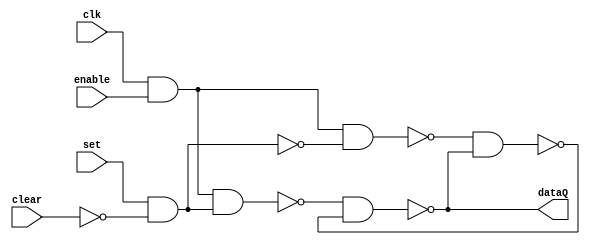
//Universidad Galileo
//Rodrigo Cordero
//Kevin Hernandez
//Terminado

//Semi flip flop tipo RS, modificado y ajustado para este procesador
module flip_flop_RS(clk, enable, set, clear, dataQ);
  input clk, set, clear, enable;
  output dataQ;
  wire aux1, aux2, aux3, aux4, trueSignal, allowWrite, tsn, clearN; //tsn = true signal negado, clearN = clear negado 
  not(tsn, trueSignal);
  not(clearN, clear);
  
  and(allowWrite, clk, enable);
  and(trueSignal, set, clearN);
  nand(aux1, allowWrite, trueSignal);
  nand(aux2, allowWrite, tsn);
  nand(dataQ, aux1, aux4);
  nand(aux4, aux2, dataQ);
endmodule

module registro32_bits(clk, enable, in, clear, out);
  input clk, enable, clear;
  input [31:0] in;
  output [31:0] out;
  
  flip_flop_RS ffrs0(clk, enable, in[0], clear, out[0]);
  flip_flop_RS ffrs1(clk, enable, in[1], clear, out[1]);
  flip_flop_RS ffrs2(clk, enable, in[2], clear, out[2]);
  flip_flop_RS ffrs3(clk, enable, in[3], clear, out[3]);
  flip_flop_RS ffrs4(clk, enable, in[4], clear, out[4]);
  flip_flop_RS ffrs5(clk, enable, in[5], clear, out[5]);
  flip_flop_RS ffrs6(clk, enable, in[6], clear, out[6]);
  flip_flop_RS ffrs7(clk, enable, in[7], clear, out[7]);
  flip_flop_RS ffrs8(clk, enable, in[8], clear, out[8]);
  flip_flop_RS ffrs9(clk, enable, in[9], clear, out[9]);
  flip_flop_RS ffrs10(clk, enable, in[10], clear, out[10]);
  flip_flop_RS ffrs11(clk, enable, in[11], clear, out[11]);
  flip_flop_RS ffrs12(clk, enable, in[12], clear, out[12]);
  flip_flop_RS ffrs13(clk, enable, in[13], clear, out[13]);
  flip_flop_RS ffrs14(clk, enable, in[14], clear, out[14]);
  flip_flop_RS ffrs15(clk, enable, in[15], clear, out[15]);
  flip_flop_RS ffrs16(clk, enable, in[16], clear, out[16]);
  flip_flop_RS ffrs17(clk, enable, in[17], clear, out[17]);
  flip_flop_RS ffrs18(clk, enable, in[18], clear, out[18]);
  flip_flop_RS ffrs19(clk, enable, in[19], clear, out[19]);
  flip_flop_RS ffrs20(clk, enable, in[20], clear, out[20]);
  flip_flop_RS ffrs21(clk, enable, in[21], clear, out[21]);
  flip_flop_RS ffrs22(clk, enable, in[22], clear, out[22]);
  flip_flop_RS ffrs23(clk, enable, in[23], clear, out[23]);
  flip_flop_RS ffrs24(clk, enable, in[24], clear, out[24]);
  flip_flop_RS ffrs25(clk, enable, in[25], clear, out[25]);
  flip_flop_RS ffrs26(clk, enable, in[26], clear, out[26]);
  flip_flop_RS ffrs27(clk, enable, in[27], clear, out[27]);
  flip_flop_RS ffrs28(clk, enable, in[28], clear, out[28]);
  flip_flop_RS ffrs29(clk, enable, in[29], clear, out[29]);
  flip_flop_RS ffrs30(clk, enable, in[30], clear, out[30]);
  flip_flop_RS ffrs31(clk, enable, in[31], clear, out[31]);
endmodule

module registers32(clk, re, in, clear, rx1, rx2, rx3, rx4, rx5, rx6, rx7, rx8, rx9, rx10, rx11, rx12, rx13, rx14, rx15, rx16, rx17, rx18, rx19, rx20, rx21, rx22, rx23, rx24, rx25, rx26, rx27, rx28, rx29, rx30, rx31);
  input clk, clear;
  input [31:0] in, re;
  output [31:0] rx1, rx2, rx3, rx4, rx5, rx6, rx7, rx8, rx9, rx10, rx11, rx12, rx13, rx14, rx15, rx16, rx17, rx18, rx19, rx20, rx21, rx22, rx23, rx24, rx25, rx26, rx27, rx28, rx29, rx30, rx31;
  registro32_bits x1(clk, re[1], in, clear, rx1);
  registro32_bits x2(clk, re[2], in, clear, rx2);
  registro32_bits x3(clk, re[3], in, clear, rx3);
  registro32_bits x4(clk, re[4], in, clear, rx4);
  registro32_bits x5(clk, re[5], in, clear, rx5);
  registro32_bits x6(clk, re[6], in, clear, rx6);
  registro32_bits x7(clk, re[7], in, clear, rx7);
  registro32_bits x8(clk, re[8], in, clear, rx8);
  registro32_bits x9(clk, re[9], in, clear, rx9);
  registro32_bits x10(clk, re[10], in, clear, rx10);
  registro32_bits x11(clk, re[11], in, clear, rx11);
  registro32_bits x12(clk, re[12], in, clear, rx12);
  registro32_bits x13(clk, re[13], in, clear, rx13);
  registro32_bits x14(clk, re[14], in, clear, rx14);
  registro32_bits x15(clk, re[15], in, clear, rx15);
  registro32_bits x16(clk, re[16], in, clear, rx16);
  registro32_bits x17(clk, re[17], in, clear, rx17);
  registro32_bits x18(clk, re[18], in, clear, rx18);
  registro32_bits x19(clk, re[19], in, clear, rx19);
  registro32_bits x20(clk, re[20], in, clear, rx20);
  registro32_bits x21(clk, re[21], in, clear, rx21);
  registro32_bits x22(clk, re[22], in, clear, rx22);
  registro32_bits x23(clk, re[23], in, clear, rx23);
  registro32_bits x24(clk, re[24], in, clear, rx24);
  registro32_bits x25(clk, re[25], in, clear, rx25);
  registro32_bits x26(clk, re[26], in, clear, rx26);
  registro32_bits x27(clk, re[27], in, clear, rx27);
  registro32_bits x28(clk, re[28], in, clear, rx28);
  registro32_bits x29(clk, re[29], in, clear, rx29);
  registro32_bits x30(clk, re[30], in, clear, rx30);
  registro32_bits x31(clk, re[31], in, clear, rx31);
endmodule


module demultiplexor1bit_1_32(in, signal, out);
  input in;
  input [4:0] signal;
  output [31:0] out;
  wire s0, s1, s2, s3, s4; //Seales de signal negadas
  
  not(s0, signal[0]);
  not(s1, signal[1]);
  not(s2, signal[2]);
  not(s3, signal[3]);
  not(s4, signal[4]);
  
  //-----------------------
  
  and(out[0], s4, s3, s2, s1, s0, in);
  and(out[1], s4, s3, s2, s1, signal[0], in);
  and(out[2], s4, s3, s2, signal[1], s0, in);
  and(out[3], s4, s3, s2, signal[1], signal[0], in);
  
  and(out[4], s4, s3, signal[2], s1, s0, in);
  and(out[5], s4, s3, signal[2], s1, signal[0], in);
  and(out[6], s4, s3, signal[2], signal[1], s0, in);
  and(out[7], s4, s3, signal[2], signal[1], signal[0], in);
  
  and(out[8], s4, signal[3], s2, s1, s0, in);
  and(out[9], s4, signal[3], s2, s1, signal[0], in);
  and(out[10], s4, signal[3], s2, signal[1], s0, in);
  and(out[11], s4, signal[3], s2, signal[1], signal[0], in);
  and(out[12], s4, signal[3], signal[2], s1, s0, in);
  and(out[13], s4, signal[3], signal[2], s1, signal[0], in);
  and(out[14], s4, signal[3], signal[2], signal[1], s0, in);
  and(out[15], s4, signal[3], signal[2], signal[1], signal[0], in);
  
  and(out[16], signal[4], s3, s2, s1, s0, in);
  and(out[17], signal[4], s3, s2, s1, signal[0], in);
  and(out[18], signal[4], s3, s2, signal[1], s0, in);
  and(out[19], signal[4], s3, s2, signal[1], signal[0], in);
  and(out[20], signal[4], s3, signal[2], s1, s0, in);
  and(out[21], signal[4], s3, signal[2], s1, signal[0], in);
  and(out[22], signal[4], s3, signal[2], signal[1], s0, in);
  and(out[23], signal[4], s3, signal[2], signal[1], signal[0], in);
  and(out[24], signal[4], signal[3], s2, s1, s0, in);
  and(out[25], signal[4], signal[3], s2, s1, signal[0], in);
  and(out[26], signal[4], signal[3], s2, signal[1], s0, in);
  and(out[27], signal[4], signal[3], s2, signal[1], signal[0], in);
  and(out[28], signal[4], signal[3], signal[2], s1, s0, in);
  and(out[29], signal[4], signal[3], signal[2], s1, signal[0], in);
  and(out[30], signal[4], signal[3], signal[2], signal[1], s0, in);
  and(out[31], signal[4], signal[3], signal[2], signal[1], signal[0], in);
  
endmodule

module registerWriteEnables(writeEnable, wreg, enables);
  input writeEnable;
  input [4:0] wreg;
  output [31:0] enables;
  
  demultiplexor1bit_1_32 dm0(writeEnable, wreg, enables);
  
endmodule

module RegisterRead(ra, sp, gp, tp, t0, t1, t2, s0, s1, a0, a1, a2, a3, a4, a5, a6, a7, s2, s3, s4, s5, s6, s7, s8, s9, s10, s11, t3, t4, t5, t6, sel1, sel2, rs1, rs2); 
  input [31:0] ra, sp, gp, tp, t0, t1, t2, s0, s1, a0, a1, a2, a3, a4, a5, a6, a7, s2, s3, s4, s5, s6, s7, s8, s9, s10, s11, t3, t4, t5, t6;
  input [4:0] sel1, sel2;
  output [31:0] rs1, rs2;
  wire [31:0] zero;
  assign zero = 32'b00000000000000000000000000000000;
  
  Multiplexor_32_5 m325_1(zero, ra, sp, gp, tp, t0, t1, t2, s0, s1, a0, a1, a2, a3, a4, a5, a6, a7, s2, s3, s4, s5, s6, s7, s8, s9, s10, s11, t3, t4, t5, t6, sel1, rs1);
  
  Multiplexor_32_5 m325_2(zero, ra, sp, gp, tp, t0, t1, t2, s0, s1, a0, a1, a2, a3, a4, a5, a6, a7, s2, s3, s4, s5, s6, s7, s8, s9, s10, s11, t3, t4, t5, t6, sel2, rs2);
endmodule

module Multiplexor_32_5(I0, I1, I2, I3, I4, I5, I6, I7, I8, I9, I10, I11, I12, I13, I14, I15, I16, I17, I18, I19, I20, I21, I22, I23, I24, I25, I26, I27, I28, I29, I30, I31, sel, out);
  
  input [31:0] I0, I1, I2, I3, I4, I5, I6, I7, I8, I9, I10, I11, I12, I13, I14, I15, I16, I17, I18, I19, I20, I21, I22, I23, I24, I25, I26, I27, I28, I29, I30, I31;
  input [4:0] sel;
  output [31:0] out;
  Multiplexor_1_5 m15_0(I0[0], I1[0], I2[0], I3[0], I4[0], I5[0], I6[0], I7[0], I8[0], I9[0], I10[0], I11[0], I12[0], I13[0], I14[0], I15[0], I16[0], I17[0], I18[0], I19[0], I20[0], I21[0], I22[0], I23[0], I24[0], I25[0], I26[0], I27[0], I28[0], I29[0], I30[0], I31[0], sel, out[0]);
  Multiplexor_1_5 m15_1(I0[1], I1[1], I2[1], I3[1], I4[1], I5[1], I6[1], I7[1], I8[1], I9[1], I10[1], I11[1], I12[1], I13[1], I14[1], I15[1], I16[1], I17[1], I18[1], I19[1], I20[1], I21[1], I22[1], I23[1], I24[1], I25[1], I26[1], I27[1], I28[1], I29[1], I30[1], I31[1], sel, out[1]);
  Multiplexor_1_5 m15_2(I0[2], I1[2], I2[2], I3[2], I4[2], I5[2], I6[2], I7[2], I8[2], I9[2], I10[2], I11[2], I12[2], I13[2], I14[2], I15[2], I16[2], I17[2], I18[2], I19[2], I20[2], I21[2], I22[2], I23[2], I24[2], I25[2], I26[2], I27[2], I28[2], I29[2], I30[2], I31[2], sel, out[2]);
  Multiplexor_1_5 m15_3(I0[3], I1[3], I2[3], I3[3], I4[3], I5[3], I6[3], I7[3], I8[3], I9[3], I10[3], I11[3], I12[3], I13[3], I14[3], I15[3], I16[3], I17[3], I18[3], I19[3], I20[3], I21[3], I22[3], I23[3], I24[3], I25[3], I26[3], I27[3], I28[3], I29[3], I30[3], I31[3], sel, out[3]);
  Multiplexor_1_5 m15_4(I0[4], I1[4], I2[4], I3[4], I4[4], I5[4], I6[4], I7[4], I8[4], I9[4], I10[4], I11[4], I12[4], I13[4], I14[4], I15[4], I16[4], I17[4], I18[4], I19[4], I20[4], I21[4], I22[4], I23[4], I24[4], I25[4], I26[4], I27[4], I28[4], I29[4], I30[4], I31[4], sel, out[4]);
  Multiplexor_1_5 m15_5(I0[5], I1[5], I2[5], I3[5], I4[5], I5[5], I6[5], I7[5], I8[5], I9[5], I10[5], I11[5], I12[5], I13[5], I14[5], I15[5], I16[5], I17[5], I18[5], I19[5], I20[5], I21[5], I22[5], I23[5], I24[5], I25[5], I26[5], I27[5], I28[5], I29[5], I30[5], I31[5], sel, out[5]);
  Multiplexor_1_5 m15_6(I0[6], I1[6], I2[6], I3[6], I4[6], I5[6], I6[6], I7[6], I8[6], I9[6], I10[6], I11[6], I12[6], I13[6], I14[6], I15[6], I16[6], I17[6], I18[6], I19[6], I20[6], I21[6], I22[6], I23[6], I24[6], I25[6], I26[6], I27[6], I28[6], I29[6], I30[6], I31[6], sel, out[6]);
  Multiplexor_1_5 m15_7(I0[7], I1[7], I2[7], I3[7], I4[7], I5[7], I6[7], I7[7], I8[7], I9[7], I10[7], I11[7], I12[7], I13[7], I14[7], I15[7], I16[7], I17[7], I18[7], I19[7], I20[7], I21[7], I22[7], I23[7], I24[7], I25[7], I26[7], I27[7], I28[7], I29[7], I30[7], I31[7], sel, out[7]);
  Multiplexor_1_5 m15_8(I0[8], I1[8], I2[8], I3[8], I4[8], I5[8], I6[8], I7[8], I8[8], I9[8], I10[8], I11[8], I12[8], I13[8], I14[8], I15[8], I16[8], I17[8], I18[8], I19[8], I20[8], I21[8], I22[8], I23[8], I24[8], I25[8], I26[8], I27[8], I28[8], I29[8], I30[8], I31[8], sel, out[8]);
  Multiplexor_1_5 m15_9(I0[9], I1[9], I2[9], I3[9], I4[9], I5[9], I6[9], I7[9], I8[9], I9[9], I10[9], I11[9], I12[9], I13[9], I14[9], I15[9], I16[9], I17[9], I18[9], I19[9], I20[9], I21[9], I22[9], I23[9], I24[9], I25[9], I26[9], I27[9], I28[9], I29[9], I30[9], I31[9], sel, out[9]);
  Multiplexor_1_5 m15_10(I0[10], I1[10], I2[10], I3[10], I4[10], I5[10], I6[10], I7[10], I8[10], I9[10], I10[10], I11[10], I12[10], I13[10], I14[10], I15[10], I16[10], I17[10], I18[10], I19[10], I20[10], I21[10], I22[10], I23[10], I24[10], I25[10], I26[10], I27[10], I28[10], I29[10], I30[10], I31[10], sel, out[10]);
  Multiplexor_1_5 m15_11(I0[11], I1[11], I2[11], I3[11], I4[11], I5[11], I6[11], I7[11], I8[11], I9[11], I10[11], I11[11], I12[11], I13[11], I14[11], I15[11], I16[11], I17[11], I18[11], I19[11], I20[11], I21[11], I22[11], I23[11], I24[11], I25[11], I26[11], I27[11], I28[11], I29[11], I30[11], I31[11], sel, out[11]);
  Multiplexor_1_5 m15_12(I0[12], I1[12], I2[12], I3[12], I4[12], I5[12], I6[12], I7[12], I8[12], I9[12], I10[12], I11[12], I12[12], I13[12], I14[12], I15[12], I16[12], I17[12], I18[12], I19[12], I20[12], I21[12], I22[12], I23[12], I24[12], I25[12], I26[12], I27[12], I28[12], I29[12], I30[12], I31[12], sel, out[12]);
  Multiplexor_1_5 m15_13(I0[13], I1[13], I2[13], I3[13], I4[13], I5[13], I6[13], I7[13], I8[13], I9[13], I10[13], I11[13], I12[13], I13[13], I14[13], I15[13], I16[13], I17[13], I18[13], I19[13], I20[13], I21[13], I22[13], I23[13], I24[13], I25[13], I26[13], I27[13], I28[13], I29[13], I30[13], I31[13], sel, out[13]);
  Multiplexor_1_5 m15_14(I0[14], I1[14], I2[14], I3[14], I4[14], I5[14], I6[14], I7[14], I8[14], I9[14], I10[14], I11[14], I12[14], I13[14], I14[14], I15[14], I16[14], I17[14], I18[14], I19[14], I20[14], I21[14], I22[14], I23[14], I24[14], I25[14], I26[14], I27[14], I28[14], I29[14], I30[14], I31[14], sel, out[14]);
  Multiplexor_1_5 m15_15(I0[15], I1[15], I2[15], I3[15], I4[15], I5[15], I6[15], I7[15], I8[15], I9[15], I10[15], I11[15], I12[15], I13[15], I14[15], I15[15], I16[15], I17[15], I18[15], I19[15], I20[15], I21[15], I22[15], I23[15], I24[15], I25[15], I26[15], I27[15], I28[15], I29[15], I30[15], I31[15], sel, out[15]);
  Multiplexor_1_5 m15_16(I0[16], I1[16], I2[16], I3[16], I4[16], I5[16], I6[16], I7[16], I8[16], I9[16], I10[16], I11[16], I12[16], I13[16], I14[16], I15[16], I16[16], I17[16], I18[16], I19[16], I20[16], I21[16], I22[16], I23[16], I24[16], I25[16], I26[16], I27[16], I28[16], I29[16], I30[16], I31[16], sel, out[16]);
  Multiplexor_1_5 m15_17(I0[17], I1[17], I2[17], I3[17], I4[17], I5[17], I6[17], I7[17], I8[17], I9[17], I10[17], I11[17], I12[17], I13[17], I14[17], I15[17], I16[17], I17[17], I18[17], I19[17], I20[17], I21[17], I22[17], I23[17], I24[17], I25[17], I26[17], I27[17], I28[17], I29[17], I30[17], I31[17], sel, out[17]);
  Multiplexor_1_5 m15_18(I0[18], I1[18], I2[18], I3[18], I4[18], I5[18], I6[18], I7[18], I8[18], I9[18], I10[18], I11[18], I12[18], I13[18], I14[18], I15[18], I16[18], I17[18], I18[18], I19[18], I20[18], I21[18], I22[18], I23[18], I24[18], I25[18], I26[18], I27[18], I28[18], I29[18], I30[18], I31[18], sel, out[18]);
  Multiplexor_1_5 m15_19(I0[19], I1[19], I2[19], I3[19], I4[19], I5[19], I6[19], I7[19], I8[19], I9[19], I10[19], I11[19], I12[19], I13[19], I14[19], I15[19], I16[19], I17[19], I18[19], I19[19], I20[19], I21[19], I22[19], I23[19], I24[19], I25[19], I26[19], I27[19], I28[19], I29[19], I30[19], I31[19], sel, out[19]);
  Multiplexor_1_5 m15_20(I0[20], I1[20], I2[20], I3[20], I4[20], I5[20], I6[20], I7[20], I8[20], I9[20], I10[20], I11[20], I12[20], I13[20], I14[20], I15[20], I16[20], I17[20], I18[20], I19[20], I20[20], I21[20], I22[20], I23[20], I24[20], I25[20], I26[20], I27[20], I28[20], I29[20], I30[20], I31[20], sel, out[20]);
  Multiplexor_1_5 m15_21(I0[21], I1[21], I2[21], I3[21], I4[21], I5[21], I6[21], I7[21], I8[21], I9[21], I10[21], I11[21], I12[21], I13[21], I14[21], I15[21], I16[21], I17[21], I18[21], I19[21], I20[21], I21[21], I22[21], I23[21], I24[21], I25[21], I26[21], I27[21], I28[21], I29[21], I30[21], I31[21], sel, out[21]);
  Multiplexor_1_5 m15_22(I0[22], I1[22], I2[22], I3[22], I4[22], I5[22], I6[22], I7[22], I8[22], I9[22], I10[22], I11[22], I12[22], I13[22], I14[22], I15[22], I16[22], I17[22], I18[22], I19[22], I20[22], I21[22], I22[22], I23[22], I24[22], I25[22], I26[22], I27[22], I28[22], I29[22], I30[22], I31[22], sel, out[22]);
  Multiplexor_1_5 m15_23(I0[23], I1[23], I2[23], I3[23], I4[23], I5[23], I6[23], I7[23], I8[23], I9[23], I10[23], I11[23], I12[23], I13[23], I14[23], I15[23], I16[23], I17[23], I18[23], I19[23], I20[23], I21[23], I22[23], I23[23], I24[23], I25[23], I26[23], I27[23], I28[23], I29[23], I30[23], I31[23], sel, out[23]);
  Multiplexor_1_5 m15_24(I0[24], I1[24], I2[24], I3[24], I4[24], I5[24], I6[24], I7[24], I8[24], I9[24], I10[24], I11[24], I12[24], I13[24], I14[24], I15[24], I16[24], I17[24], I18[24], I19[24], I20[24], I21[24], I22[24], I23[24], I24[24], I25[24], I26[24], I27[24], I28[24], I29[24], I30[24], I31[24], sel, out[24]);
  Multiplexor_1_5 m15_25(I0[25], I1[25], I2[25], I3[25], I4[25], I5[25], I6[25], I7[25], I8[25], I9[25], I10[25], I11[25], I12[25], I13[25], I14[25], I15[25], I16[25], I17[25], I18[25], I19[25], I20[25], I21[25], I22[25], I23[25], I24[25], I25[25], I26[25], I27[25], I28[25], I29[25], I30[25], I31[25], sel, out[25]);
  Multiplexor_1_5 m15_26(I0[26], I1[26], I2[26], I3[26], I4[26], I5[26], I6[26], I7[26], I8[26], I9[26], I10[26], I11[26], I12[26], I13[26], I14[26], I15[26], I16[26], I17[26], I18[26], I19[26], I20[26], I21[26], I22[26], I23[26], I24[26], I25[26], I26[26], I27[26], I28[26], I29[26], I30[26], I31[26], sel, out[26]);
  Multiplexor_1_5 m15_27(I0[27], I1[27], I2[27], I3[27], I4[27], I5[27], I6[27], I7[27], I8[27], I9[27], I10[27], I11[27], I12[27], I13[27], I14[27], I15[27], I16[27], I17[27], I18[27], I19[27], I20[27], I21[27], I22[27], I23[27], I24[27], I25[27], I26[27], I27[27], I28[27], I29[27], I30[27], I31[27], sel, out[27]);
  Multiplexor_1_5 m15_28(I0[28], I1[28], I2[28], I3[28], I4[28], I5[28], I6[28], I7[28], I8[28], I9[28], I10[28], I11[28], I12[28], I13[28], I14[28], I15[28], I16[28], I17[28], I18[28], I19[28], I20[28], I21[28], I22[28], I23[28], I24[28], I25[28], I26[28], I27[28], I28[28], I29[28], I30[28], I31[28], sel, out[28]);
  Multiplexor_1_5 m15_29(I0[29], I1[29], I2[29], I3[29], I4[29], I5[29], I6[29], I7[29], I8[29], I9[29], I10[29], I11[29], I12[29], I13[29], I14[29], I15[29], I16[29], I17[29], I18[29], I19[29], I20[29], I21[29], I22[29], I23[29], I24[29], I25[29], I26[29], I27[29], I28[29], I29[29], I30[29], I31[29], sel, out[29]);
  Multiplexor_1_5 m15_30(I0[30], I1[30], I2[30], I3[30], I4[30], I5[30], I6[30], I7[30], I8[30], I9[30], I10[30], I11[30], I12[30], I13[30], I14[30], I15[30], I16[30], I17[30], I18[30], I19[30], I20[30], I21[30], I22[30], I23[30], I24[30], I25[30], I26[30], I27[30], I28[30], I29[30], I30[30], I31[30], sel, out[30]);
  Multiplexor_1_5 m15_31(I0[31], I1[31], I2[31], I3[31], I4[31], I5[31], I6[31], I7[31], I8[31], I9[31], I10[31], I11[31], I12[31], I13[31], I14[31], I15[31], I16[31], I17[31], I18[31], I19[31], I20[31], I21[31], I22[31], I23[31], I24[31], I25[31], I26[31], I27[31], I28[31], I29[31], I30[31], I31[31], sel, out[31]);
endmodule


module Multiplexor_1_5(I0, I1, I2, I3, I4, I5, I6, I7, I8, I9, I10, I11, I12, I13, I14, I15, I16, I17, I18, I19, I20, I21, I22, I23, I24, I25, I26, I27, I28, I29, I30, I31, sel, out);
  input I0, I1, I2, I3, I4, I5, I6, I7, I8, I9, I10, I11, I12, I13, I14, I15, I16, I17, I18, I19, I20, I21, I22, I23, I24, I25, I26, I27, I28, I29, I30, I31;
  input [4:0] sel;
  output out;
  wire C0, C1, C2, C3, C4, C5, C6, C7, C8, C9, C10, C11, C12, C13, C14, C15, C16, C17, C18, C19, C20, C21, C22, C23, C24, C25, C26, C27, C28, C29, C30, C31, S0, S1, S2, S3, S4, P0, P1, P2, P3, P4, P5, P6, P7, P8, P9, P10, P11, P12, P13, P14, P15, P16, P17, P18, P19, P20, P21, P22, P23, P24, P25, P26, P27, P28, P29, P30, P31;
  
  // Negaciones
  
  not (S0, sel[0]);
  not (S1, sel[1]);
  not (S2, sel[2]);
  not (S3, sel[3]);
  not (S4, sel[4]);
  
  // Es 0?
  and (C0, S0, S1, S2, S3, S4);
  
  // Es 1?
  and (C1, sel[0], S1, S2, S3, S4);
  
  // Es 2?
  and (C2, S0, sel[1], S2, S3, S4);
  
  // Es 3?
  and (C3, sel[0], sel[1], S2, S3, S4);
  
  // Es 4?
  and (C4, S0, S1, sel[2], S3, S4);
  
  // Es 5?
  and (C5, sel[0], S1, sel[2], S3, S4);
  
  // Es 6?
  and (C6, S0, sel[1], sel[2], S3, S4);
  
  // Es 7?
  and (C7, sel[0], sel[1], sel[2], S3, S4);
  
  // Es 8?
  and (C8, S0, S1, S2, sel[3], S4);
  
  // Es 9?
  and (C9, sel[0], S1, S2, sel[3], S4);
  
  // Es 10?
  and (C10, S0, sel[1], S2, sel[3], S4);
  
  // Es 11?
  and (C11, sel[0], sel[1], S2, sel[3], S4);
  
  // Es 12?
  and (C12, S0, S1, sel[2], sel[3], S4);
  
  // Es 13?
  and (C13, sel[0], S1, sel[2], sel[3], S4);
  
  // Es 14?
  and (C14, S0, sel[1], sel[2], sel[3], S4);
  
  // Es 15?
  and (C15, sel[0], sel[1], sel[2], sel[3], S4);
  
  // Es 16?
  and (C16, S0, S1, S2, S3, sel[4]);
  
  // Es 17?
  and (C17, sel[0], S2, S3, sel[4]);
  
  // Es 18?
  and (C18, S0, sel[1], S2, S3, sel[4]);
 
  and (C19, sel[0], sel[1], S2, S3, sel[4]);
  
  and (C20, S0, S1, sel[2], S3, sel[4]);
  
  and (C21, sel[0], S1, sel[2], S3, sel[4]);
  
  and (C22, S0, sel[1], sel[2], S3, sel[4]);
  
  and (C23, sel[0], sel[1], sel[2], S3, sel[4]);
  
  and (C24, S0, S1, S2, sel[3], sel[4]);
  
  and (C25, sel[0], S1, S2, sel[3], sel[4]);
  
  and (C26, S0, sel[1], S2, sel[3], sel[4]);
  
  and (C27, sel[0], sel[1], S2, sel[3], sel[4]);
  
  and (C28, S0, S1, sel[2], sel[3], sel[4]);
  
  and (C29, sel[0], S1, sel[2], sel[3], sel[4]);
  
  and (C30, S0, sel[1], sel[2], sel[3], sel[4]);
  
  and (C31, sel[0], sel[1], sel[2], sel[3], sel[4]);
  
  // Buscar Bit
  
  and (P0, C0, I0);
  and (P1, C1, I1);
  and (P2, C2, I2);
  and (P3, C3, I3);
  and (P4, C4, I4);
  and (P5, C5, I5);
  and (P6, C6, I6);
  and (P7, C7, I7);
  and (P8, C8, I8);
  and (P9, C9, I9);
  and (P10, C10, I10);
  and (P11, C11, I11);
  and (P12, C12, I12);
  and (P13, C13, I13);
  and (P14, C14, I14);
  and (P15, C15, I15);
  and (P16, C16, I16);
  and (P17, C17, I17);
  and (P18, C18, I18);
  and (P19, C19, I19);
  and (P20, C20, I20);
  and (P21, C21, I21);
  and (P22, C22, I22);
  and (P23, C23, I23);
  and (P24, C24, I24);
  and (P25, C25, I25);
  and (P26, C26, I26);
  and (P27, C27, I27);
  and (P28, C28, I28);
  and (P29, C29, I29);
  and (P30, C30, I30);
  and (P31, C31, I31);
  
  or(out, P0, P1, P2, P3, P4, P5, P6, P7, P8, P9, P10, P11, P12, P13, P14, P15, P16, P17, P18, P19, P20, P21, P22, P23, P24, P25, P26, P27, P28, P29, P30, P31);
endmodule


module registerFile(clk, wd, wr, we, readreg1, readreg2, rs1, rs2, clear);
  input [31:0] wd;
  input [4:0] wr, readreg1, readreg2;
  input we, clk, clear;
  output [31:0] rs1, rs2;
  wire [31:0] rx1, rx2, rx3, rx4, rx5, rx6, rx7, rx8, rx9, rx10, rx11, rx12, rx13, rx14, rx15, rx16, rx17, rx18, rx19, rx20, rx21, rx22, rx23, rx24, rx25, rx26, rx27, rx28, rx29, rx30, rx31, re;
  //Cables de salida de los registros y para register read
  //output de los registros
  
  //---------Register Write Area----------
  registerWriteEnables rwe(we, wr, re);
  
  //---------Register Read Area-----------
  RegisterRead rr(rx1, rx2, rx3, rx4, rx5, rx6, rx7, rx8, rx9, rx10, rx11, rx12, rx13, rx14, rx15, rx16, rx17, rx18, rx19, rx20, rx21, rx22, rx23, rx24, rx25, rx26, rx27, rx28, rx29, rx30, rx31, readreg1, readreg2, rs1, rs2);
  
  //---------Registros--------------------
  registers32 r32(clk, re, wd, clear, rx1, rx2, rx3, rx4, rx5, rx6, rx7, rx8, rx9, rx10, rx11, rx12, rx13, rx14, rx15, rx16, rx17, rx18, rx19, rx20, rx21, rx22, rx23, rx24, rx25, rx26, rx27, rx28, rx29, rx30, rx31);
  
  
endmodule